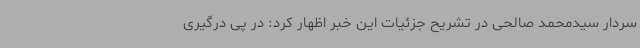
سردار سیدمحمد صالحی در تشریح جزئیات این خبر اظهار کرد: در پی درگیری